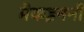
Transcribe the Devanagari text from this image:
मैकइनर्नी